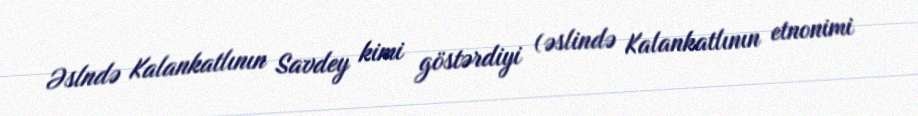
Əslndə Kalankatlının Savdey kimi göstərdiyi (əslində Kalankatlının etnonimi